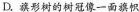
D. 旗形树的树冠像一面旗帜